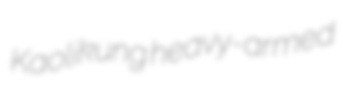
Kaolikung heavy-armed